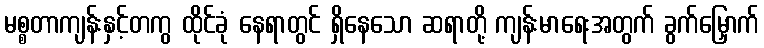
မစ္စတာကျန်းနှင့်တကွ ထိုင်ခုံ နေရာတွင် ရှိနေသော ဆရာတို့ ကျန်းမာရေးအတွက် ခွက်မြှောက်